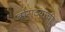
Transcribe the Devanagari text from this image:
बोराट्याची